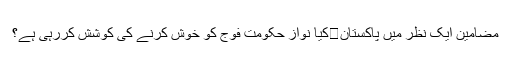
مضامین ایک نظر میں پاکستان	کیا نواز حکومت فوج کو خوش کرنے کی کوشش کررہی ہے؟